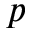
p